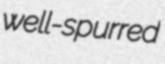
well-spurred